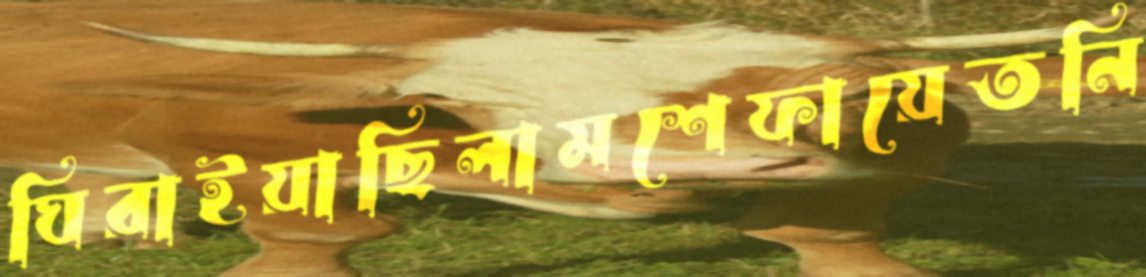
ঘিরাইয়াছিলামশেফায়েতনি